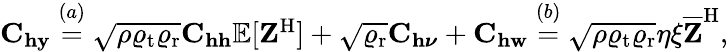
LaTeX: \begin{array}{r}{\mathbf{C}_{\mathbf{h}\mathbf{y}}\overset{(a)}{=}\sqrt{\rho\varrho_{\mathrm{t}}\varrho_{\mathrm{r}}}\mathbf{C}_{\mathbf{h}\mathbf{h}}\mathbb{E}[\mathbf{Z}^{\mathrm{H}}]+\sqrt{\varrho_{\mathrm{r}}}\mathbf{C}_{\mathbf{h}\boldsymbol{\nu}}+\mathbf{C}_{\mathbf{h}\mathbf{w}}\overset{(b)}{=}\sqrt{\rho\varrho_{\mathrm{t}}\varrho_{\mathrm{r}}}\eta\xi\overline{{\mathbf{Z}}}^{\mathrm{H}},}\end{array}